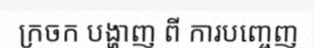
ក្រចក បង្ហាញ ពី ការបញ្ចេញ